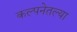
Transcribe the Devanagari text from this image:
कल्पनेतल्या